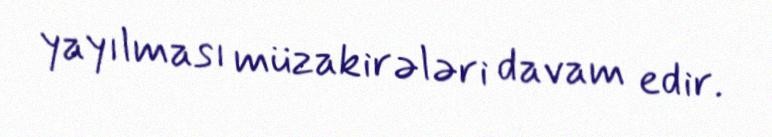
yayılması müzakirələri davam edir.